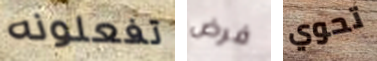
تفعلونه فرض تحوي